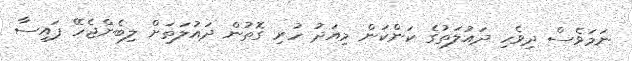
ނަމަވެސް ދިވެހި ދައުލަތުގެ ކަންކަން މިއަދު ހުރި ގޮތުން ދައުލަތަށް ލިބެންޖެހޭ ފައިސާ